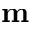
\mathbf { m }